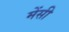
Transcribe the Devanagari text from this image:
मेंसी